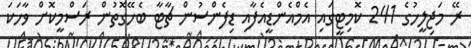
ރޭ މަޖިލީހުގެ 241 ކޮމިޓީގައި އެމްއެންޑީއެފާއި ޑިފެންސުން ޗާޓާ ބެހޭގޮތުން ރަސްމީކޮށް ވާހަކަ